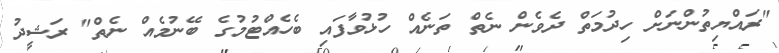
"ރައްޔިތުންނަށް ހިދުމަތް ދެވެން ނެތް ތަނެއް ހުޅުވާފައި ބެހެއްޓުމުގެ ބޭނުމެއް ނެތް" ރަޝީދު